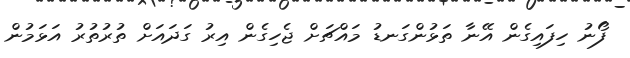
ފޯނު ހިފައިގެން އޭނާ ތަޅުންގަނޑު މައްޗަށް ޖެހިގެން އިރު ގަދައަށް ތުރުތުރު އަޅަމުން